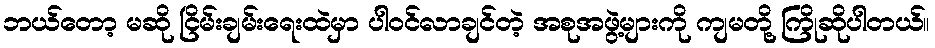
ဘယ်တော့ မဆို ငြိမ်းချမ်းရေးထဲမှာ ပါဝင်လာချင်တဲ့ အစုအဖွဲ့များကို ကျမတို့ ကြိုဆိုပါတယ်။